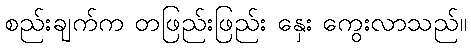
စည်းချက်က တဖြည်းဖြည်း နှေး ကွေးလာသည်။